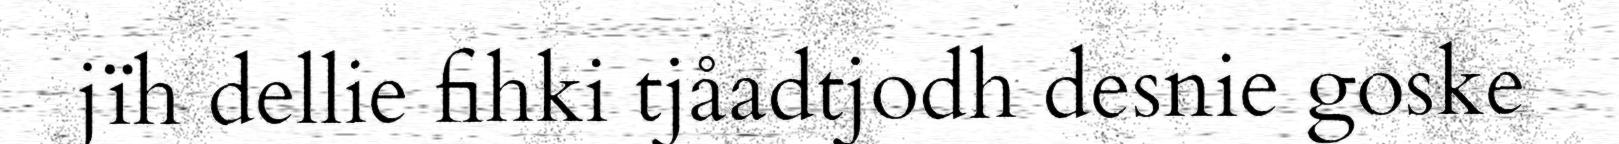
jïh dellie fihki tjåadtjodh desnie goske